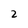
Character: 2